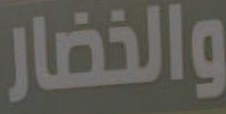
والخضار